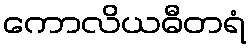
ကောလိယဓီတရံ